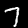
Digit: 7